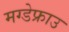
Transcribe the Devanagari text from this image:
मग्डेफ्राउ